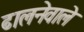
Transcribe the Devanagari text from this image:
ढालनेवाले